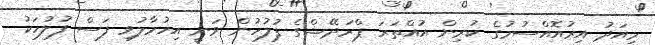
މިއަދު އިރުއޮއްސުމުގެ ކުރިން އުއްތަރަ ޕްރަދޭޝްގެ ފުލުހުން ވަނީ އިހުމާލުވި ފަސް ފުލުހަކު